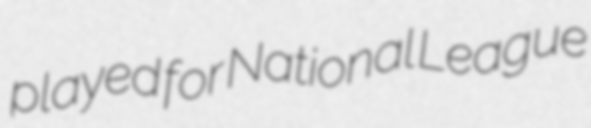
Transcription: played for National League